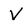
Character: V